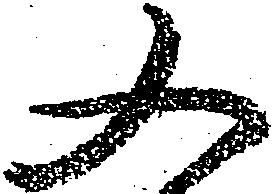
又